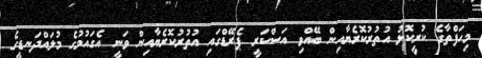
މިހަފްތާގެ ކުރީކޮޅު އުތުރުކޮރެޔާއިން ބޭއްވި އަސްކަރީ ޕެރޭޑްގައި އުތުރުކޮރެޔާއިން ވަނީ އެގައުމުގެ މުލައްދަނޑީގެ